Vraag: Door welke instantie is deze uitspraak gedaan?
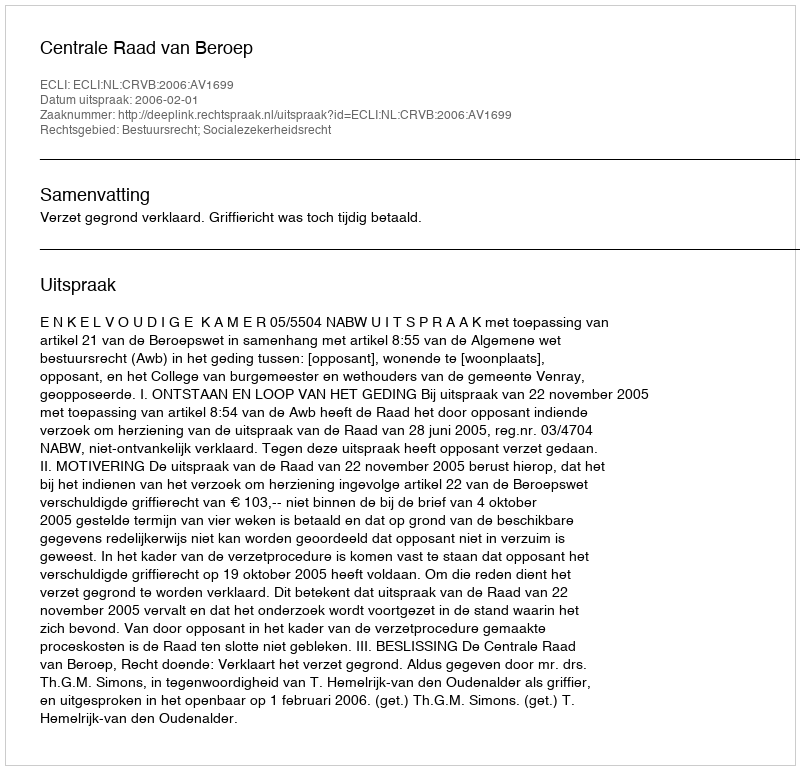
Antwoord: Centrale Raad van Beroep